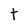
Character: t